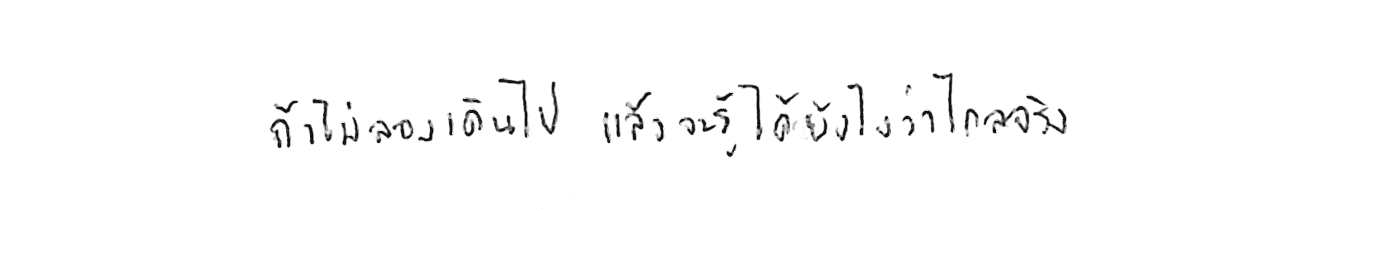
ถ้าไม่ลองเดินไป แล้วจะรู้ได้ยังไงว่าไกลจริง